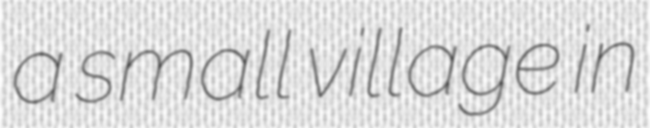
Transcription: a small village in